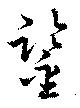
鑒